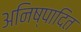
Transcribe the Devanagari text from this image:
अनिष्पादित